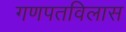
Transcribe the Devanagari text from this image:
गणपतविलास